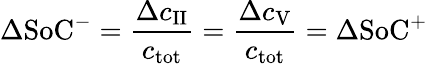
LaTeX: \Delta\mathrm{SoC}^{-}=\frac{\Delta c_{\mathrm{II}}}{c_{\mathrm{tot}}}=\frac{\Delta c_{\mathrm{V}}}{c_{\mathrm{tot}}}=\Delta\mathrm{SoC}^{+}